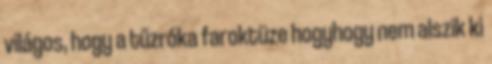
világos, hogy a tűzróka faroktüze hogyhogy nem alszik ki